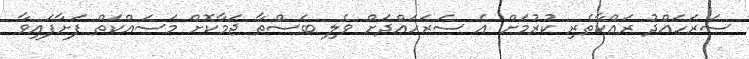
ސަރަހައްދު ރައްކާތެރި ކުރުމަށް އެ ސަރަހައްދަށް ވެލި ބަސްތާ ޖަމާކޮށް މަސައްކަތް ފަށާފައިވާ